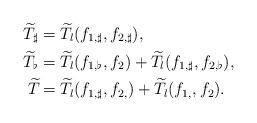
LaTeX: \begin{align*}\widetilde{T}_\sharp&=\widetilde{T}_l(f_{1,\sharp},f_{2,\sharp}),\\\widetilde{T}_\flat&=\widetilde{T}_l(f_{1,\flat},f_2)+\widetilde{T}_l(f_{1,\sharp},f_{2,\flat}),\\\widetilde{T}_{}&=\widetilde{T}_l(f_{1,\sharp},f_{2,})+\widetilde{T}_l(f_{1,},f_2).\end{align*}